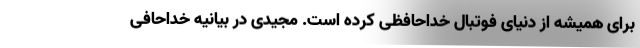
برای همیشه از دنیای فوتبال خداحافظی کرده است. مجیدی در بیانیه خداحافی